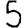
Digit: 5